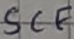
Text: SCF